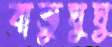
বাস্তুঘুঘু